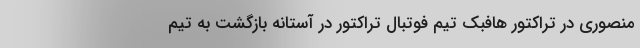
منصوری در تراکتور هافبک تیم فوتبال تراکتور در آستانه بازگشت به تیم